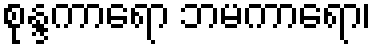
စုန္ဒကာရော ဘမကာရော၊